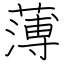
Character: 薄